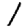
Digit: 1